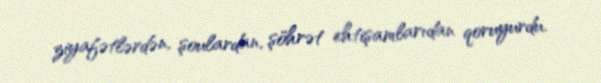
ziyafətlərdən, şoulardan, şöhrət ehtişamlarıdan qoruyurdu.